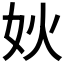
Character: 𰋺